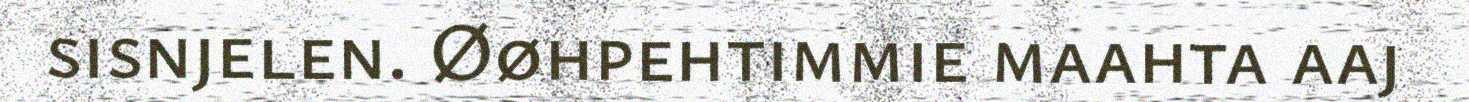
sisnjelen. Øøhpehtimmie maahta aaj